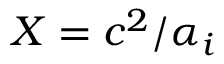
X = c ^ { 2 } / \alpha _ { i }